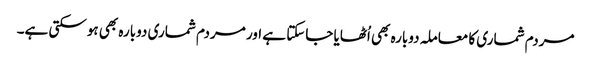
مردم شماری کا معاملہ دوبارہ بھی اُٹھایا جاسکتا ہے اور مردم شماری دوبارہ بھی ہوسکتی ہے۔